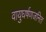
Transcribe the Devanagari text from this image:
वायुघर्षणजनित